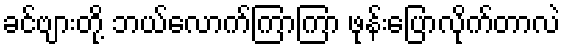
ခင်ဗျားတို့ ဘယ်လောက်ကြာကြာ ဖုန်းပြောလိုက်တာလဲ